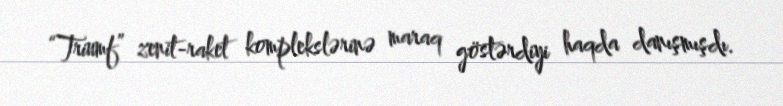
“Triumf” zenit-raket komplekslərinə maraq göstərdiyi haqda danışmışdı.